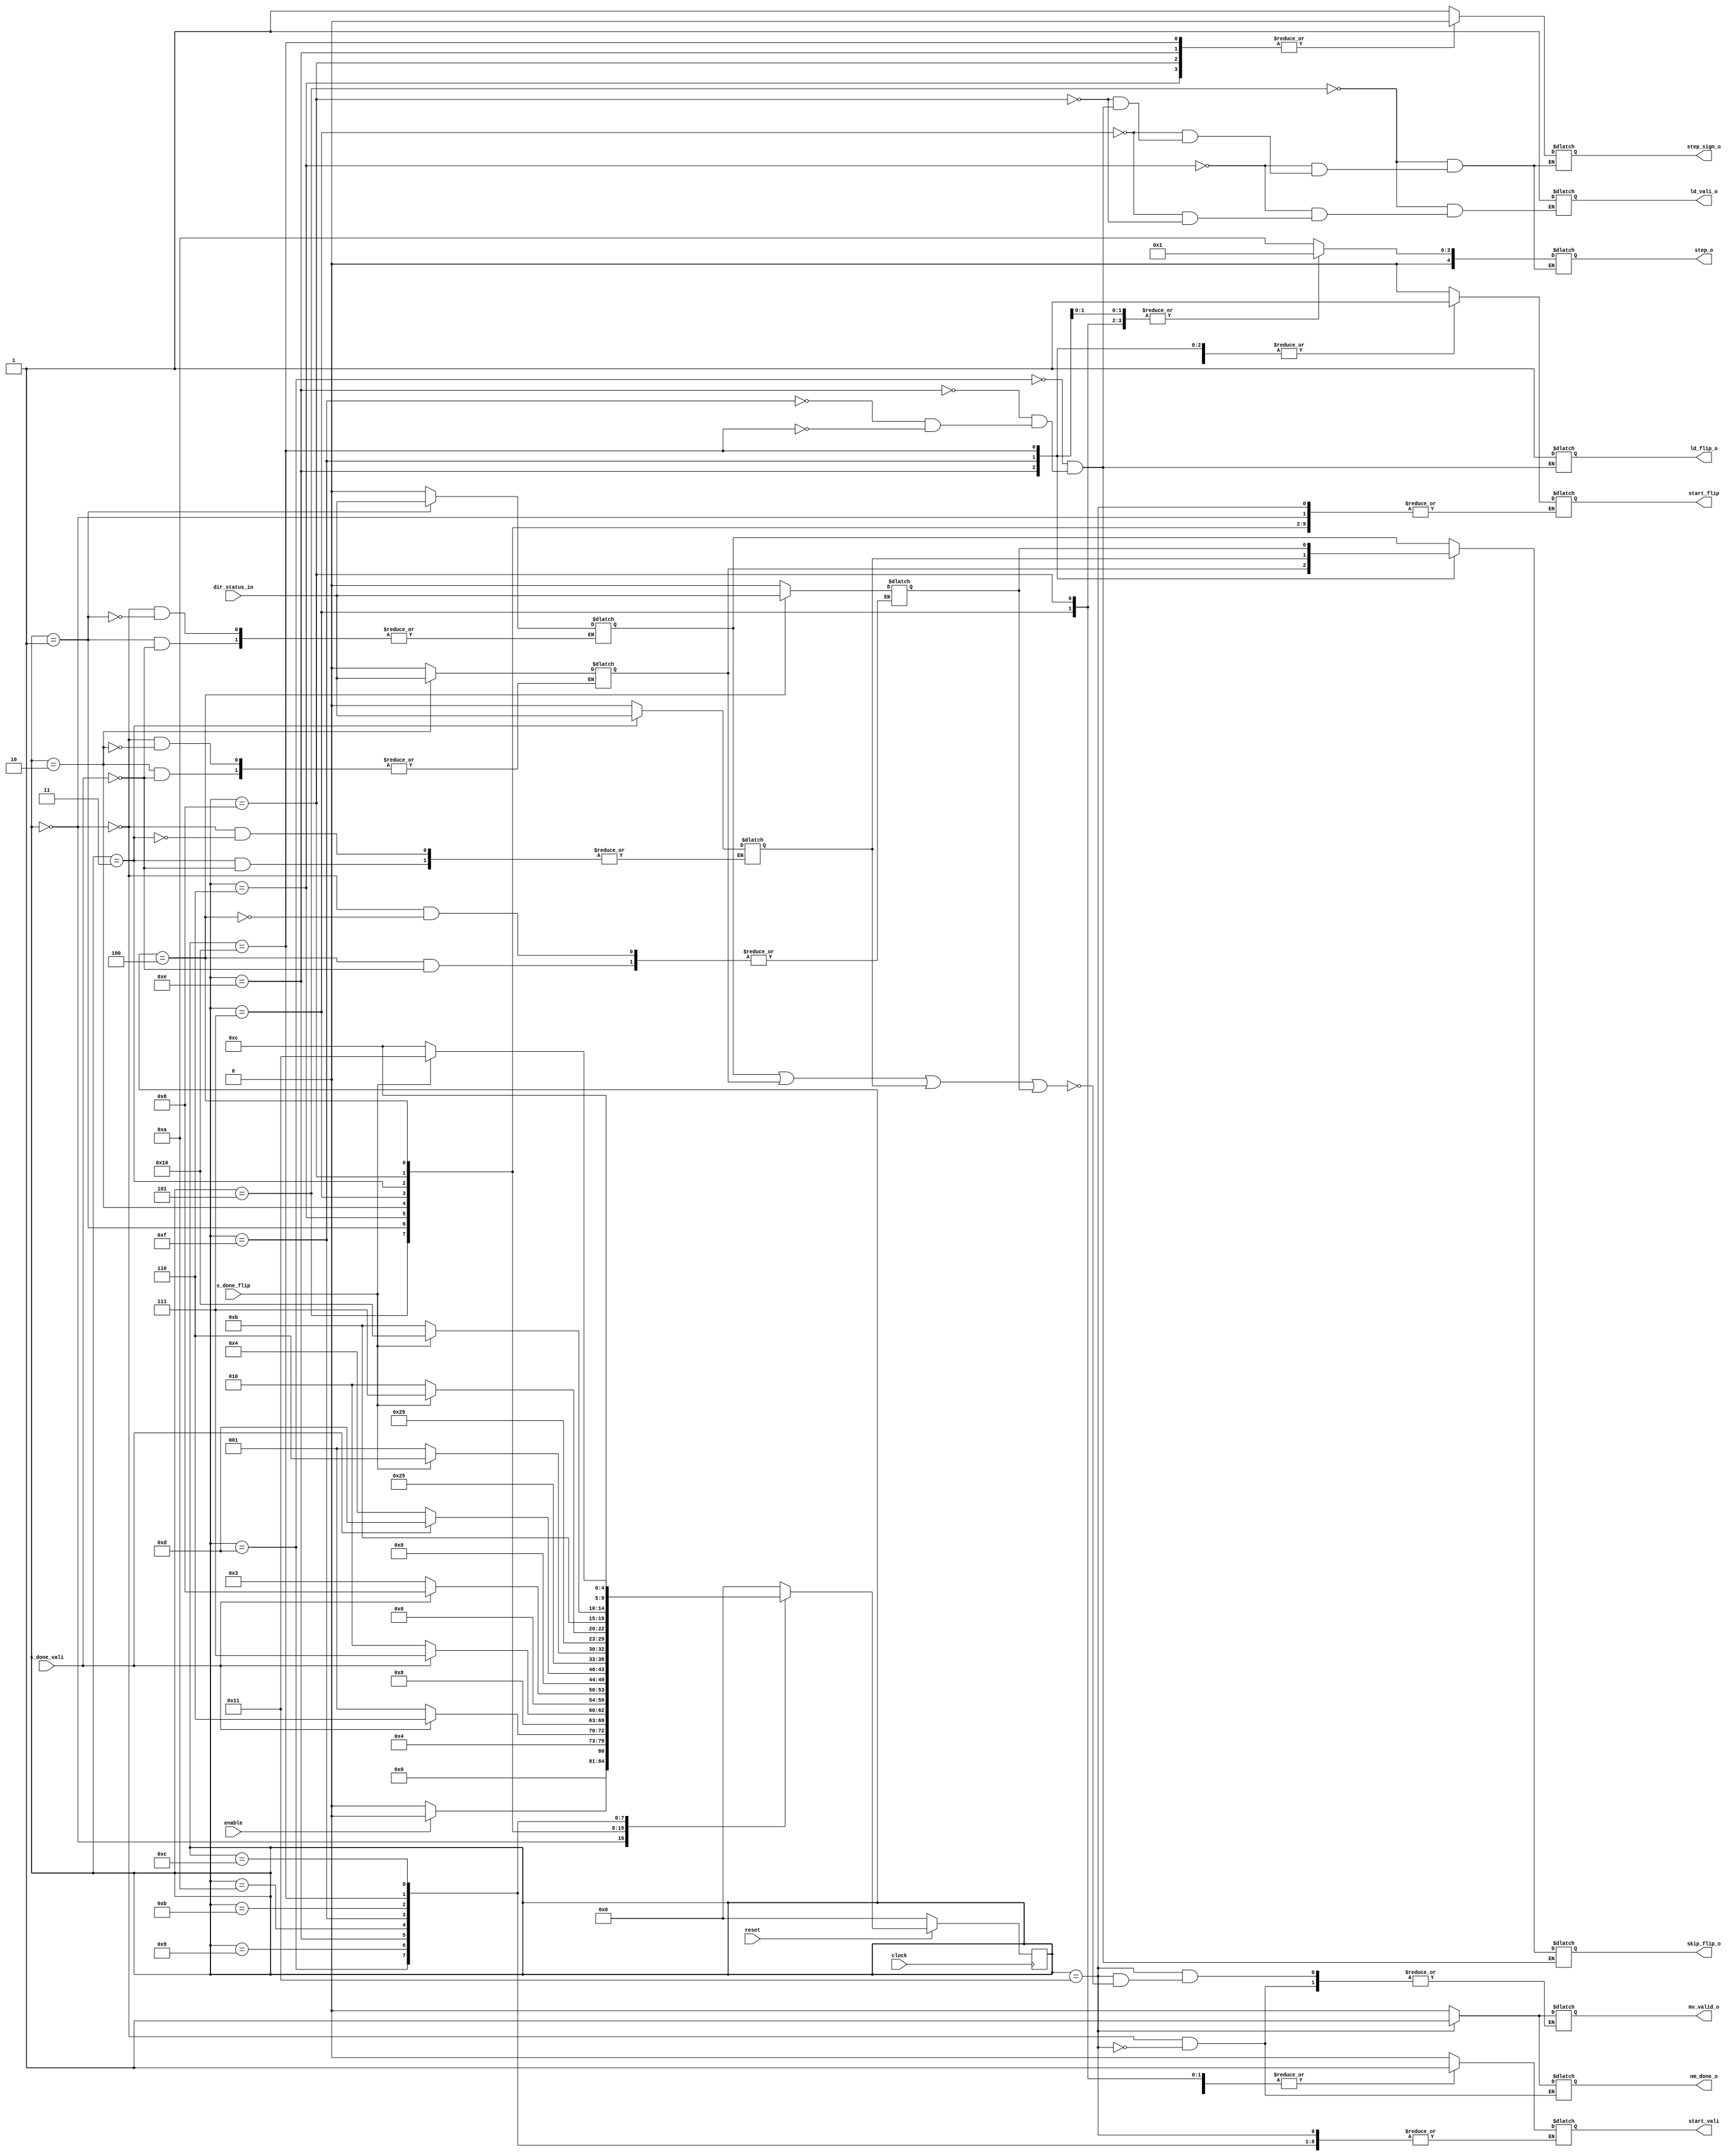
module nm_controller(
    input enable,                   // <- new_move (main_controller)
    input clock,                    // <- CLOCK_50
    input reset,                    // <- reset
    input s_done_vali,              // <- s_done_o (validator)
    input s_done_flip,              // <- s_done_o (validator)
    input dir_status_in,            // <- dir_status_o (validator)
    output reg [4:0] step_o,        // -> step_in (validator)
    output reg step_sign_o,
    output reg skip_flip_o,
    output reg ld_vali_o,           // -> ld (validator)
    output reg ld_flip_o,           // -> ld (flipper)
    output reg mv_valid_o,          // -> mv_valid_in (datapath)
    output reg start_vali,          // -> enable (validator)
    output reg start_flip,          // -> enable (flipper)
    output reg nm_done_o
);

reg [4:0] current_state, next_state;
reg [3:0] dir_status;

localparam  S_WAIT_MOVE         = 5'b0,
            S_VALIDATE_U        = 5'b1,
            S_VALIDATE_D        = 5'b10,
            S_VALIDATE_L        = 5'b11,
            S_VALIDATE_R        = 5'b100,
            S_VALIDATE_U_S      = 5'b101,
            S_VALIDATE_D_S      = 5'b110,
            S_VALIDATE_L_S      = 5'b111,
            S_VALIDATE_R_S      = 5'b1000,
            S_FLIP_U            = 5'b1001,
            S_FLIP_D            = 5'b1010,
            S_FLIP_L            = 5'b1011,
            S_FLIP_R            = 5'b1100,
            S_FLIP_U_S          = 5'b1101,
            S_FLIP_D_S          = 5'b1110,
            S_FLIP_L_S          = 5'b1111,
            S_FLIP_R_S          = 5'b10000,
            S_FINAL             = 5'b10001,
            S_DP_LOAD           = 5'b10010;

always @(*)
begin: state_table 
    case (current_state)
        S_WAIT_MOVE:  next_state = enable ? S_VALIDATE_U_Swe : S_WAIT_MOVE;
        S_VALIDATE_U_S:  next_state = S_VALIDATE_U;
        S_VALIDATE_U:  next_state = s_done_vali ? S_VALIDATE_D_S : S_VALIDATE_U;
        S_VALIDATE_D_S:  next_state = S_VALIDATE_D;
        S_VALIDATE_D:  next_state = s_done_vali ? S_VALIDATE_L_S : S_VALIDATE_D;
        S_VALIDATE_L_S:  next_state = S_VALIDATE_L;
        S_VALIDATE_L:  next_state = s_done_vali ? S_VALIDATE_R_S : S_VALIDATE_L;
        S_VALIDATE_R_S:  next_state = S_VALIDATE_R;
        S_VALIDATE_R:  next_state = s_done_vali ? S_FLIP_U_S : S_VALIDATE_R;
        S_FLIP_U_S:  next_state = S_FLIP_U;
        S_FLIP_U:  next_state = s_done_flip ? S_FLIP_D_S : S_FLIP_U;
        S_FLIP_D_S:  next_state = S_FLIP_D;
        S_FLIP_D:  next_state = s_done_flip ? S_FLIP_L_S : S_FLIP_D;
        S_FLIP_L_S:  next_state = S_FLIP_L;
        S_FLIP_L:  next_state = s_done_flip ? S_FLIP_R_S : S_FLIP_L;
        S_FLIP_R_S:  next_state = S_FLIP_R;
        S_FLIP_R:  next_state = s_done_flip ? S_FINAL : S_FLIP_R;
        S_FINAL:   next_state = S_WAIT_MOVE;
        default:   next_state = S_WAIT_MOVE;
    endcase
end // state_table

always @(*)
begin: enable_signals
    case (current_state)
        S_WAIT_MOVE: begin
            nm_done_o = 0;
            mv_valid_o = 0;
            dir_status <= 4'b0;
        end
        S_VALIDATE_U_S: begin
            step_o = 5'b1010;
            step_sign_o = 1'b1;
            ld_vali_o = 1;
            start_vali = 1;
        end
        S_VALIDATE_U: begin
            start_vali = 0;
            if (s_done_vali)
                dir_status[3] <= dir_status_in;
        end
        S_VALIDATE_D_S: begin
            step_o = 5'b1010;
            step_sign_o = 1'b0;
            ld_vali_o = 1;
            start_vali = 1;
        end
        S_VALIDATE_D: begin
            start_vali = 0;
            if (s_done_vali)
                dir_status[2] <= dir_status_in;
        end
        S_VALIDATE_L_S: begin
            step_o = 5'b1;
            step_sign_o = 1'b1;
            ld_vali_o = 1;
            start_vali = 1;
        end
        S_VALIDATE_L: begin
            start_vali = 0;
            if (s_done_vali)
                dir_status[1] <= dir_status_in;
        end
        S_VALIDATE_R_S: begin
            step_o = 5'b1;
            step_sign_o = 1'b0;
            ld_vali_o = 1;
            start_vali = 1;
        end
        S_VALIDATE_R: begin
            start_vali = 0;
            if (s_done_vali)
                dir_status[0] <= dir_status_in;
        end
        S_FLIP_U_S: begin
            skip_flip_o = dir_status[3];
            step_o = 5'b1010;
            step_sign_o = 1'b1;
            ld_flip_o = 1;
            start_flip = 1;
        end
        S_FLIP_U: begin
            start_flip = 0;
        end
        S_FLIP_D_S: begin
            skip_flip_o = dir_status[2];
            step_o = 5'b1010;
            step_sign_o = 1'b0;
            ld_flip_o = 1;
            start_flip = 1;
        end
        S_FLIP_D: begin
            start_flip = 0;
        end
        S_FLIP_L_S: begin
            skip_flip_o = dir_status[1];
            step_o = 5'b1;
            step_sign_o = 1'b1;
            ld_flip_o = 1;
            start_flip = 1;
        end
        S_FLIP_L: begin
            start_flip = 0;
        end
        S_FLIP_R_S: begin
            skip_flip_o = dir_status[0];
            step_o = 5'b1;
            step_sign_o = 1'b0;
            ld_flip_o = 1;
            start_flip = 1;
        end
        S_FLIP_R: begin
            start_flip = 0;
        end
        S_FINAL: begin
        nm_done_o = 1;
            if (dir_status[3] | dir_status[2] | dir_status[1] | dir_status[0]) begin
                mv_valid_o = 1;
            end
        end
        default: begin
            start_vali = 0;
            start_flip = 0;
        end
    endcase
end // enable_signals

always @(posedge clock)
begin: state_FFs
    if(!reset)
        current_state <= S_WAIT_MOVE;
    else
        current_state <= next_state;
end // state_FFS

endmodule